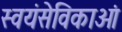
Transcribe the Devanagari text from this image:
स्वयंसेविकाओं